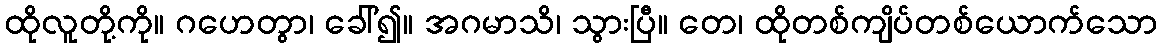
ထိုလူတို့ကို။ ဂဟေတွာ၊ ခေါ်၍။ အဂမာသိ၊ သွားပြီ။ တေ၊ ထိုတစ်ကျိပ်တစ်ယောက်သော